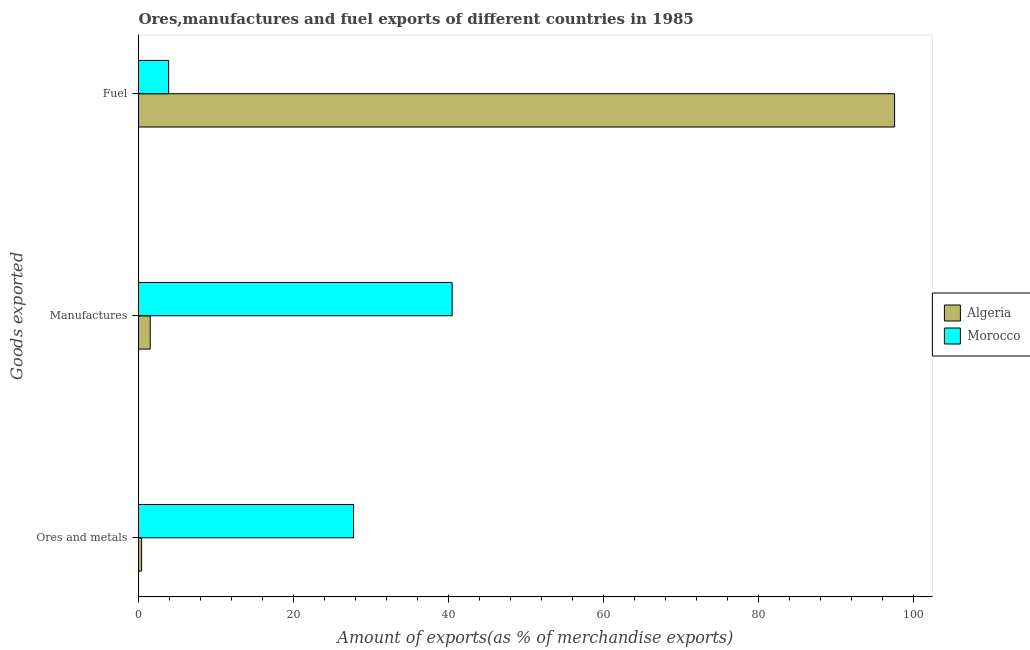
| Goods exported | Algeria | Morocco |
 | --- | --- | --- |
 | Ores and metals | 0.399 | 27.7 |
 | Manufactures | 1.51 | 40.5 |
 | Fuel | 97.5 | 3.89 |